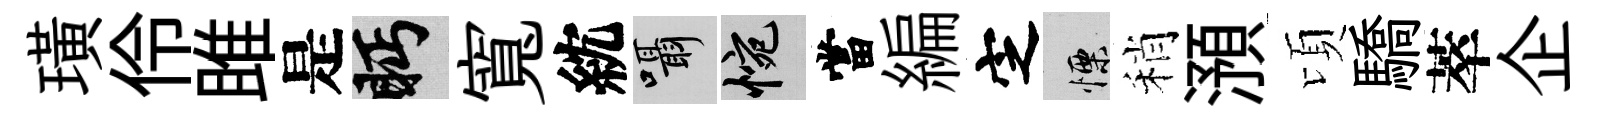
璜伶雎是眄寬紞囁惋當編㝎慄稍澦頃驕萃企